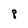
Character: 8